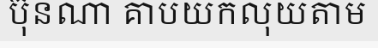
ប៊ុនណា គាបយកលុយតាម